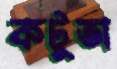
কটুতা